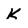
Character: K